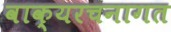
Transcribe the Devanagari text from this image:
वाक्यरचनागत